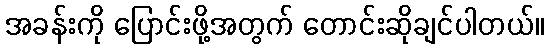
အခန်းကို ပြောင်းဖို့အတွက် တောင်းဆိုချင်ပါတယ်။